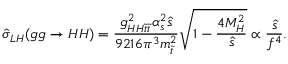
\hat { \sigma } _ { L H } ( g g \to H H ) = \frac { g _ { H H \tilde { t } \tilde { t } } ^ { 2 } \alpha _ { s } ^ { 2 } \hat { s } } { 9 2 1 6 \pi ^ { 3 } m _ { \tilde { t } } ^ { 2 } } \sqrt { 1 - \frac { 4 M _ { H } ^ { 2 } } { \hat { s } } } \propto \frac { \hat { s } } { f ^ { 4 } } .